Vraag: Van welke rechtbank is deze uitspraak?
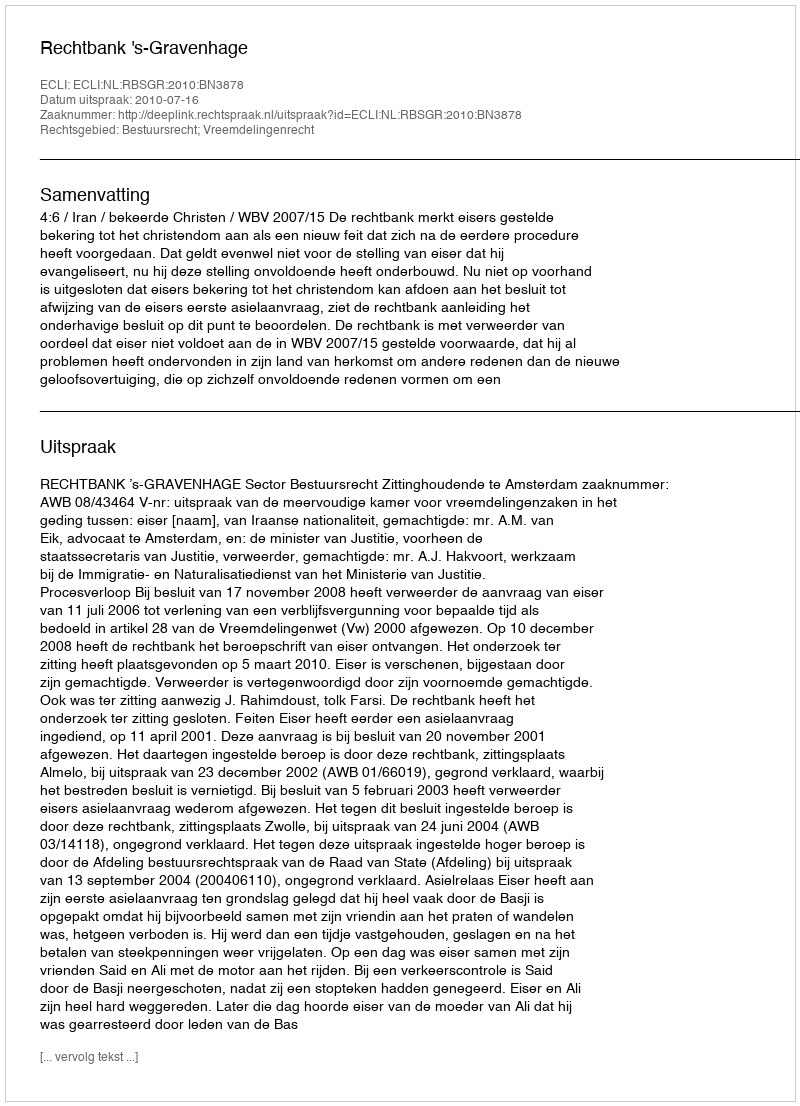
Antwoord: Rechtbank 's-Gravenhage